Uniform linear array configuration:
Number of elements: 16
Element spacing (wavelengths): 1
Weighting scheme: uniform
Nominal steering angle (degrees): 45
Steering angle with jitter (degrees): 46.341
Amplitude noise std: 0.05
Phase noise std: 0.05

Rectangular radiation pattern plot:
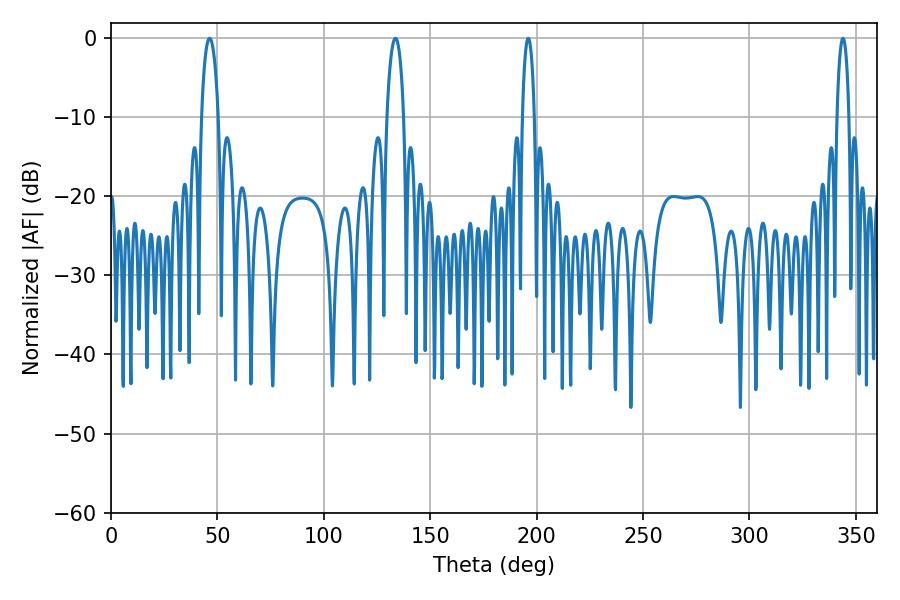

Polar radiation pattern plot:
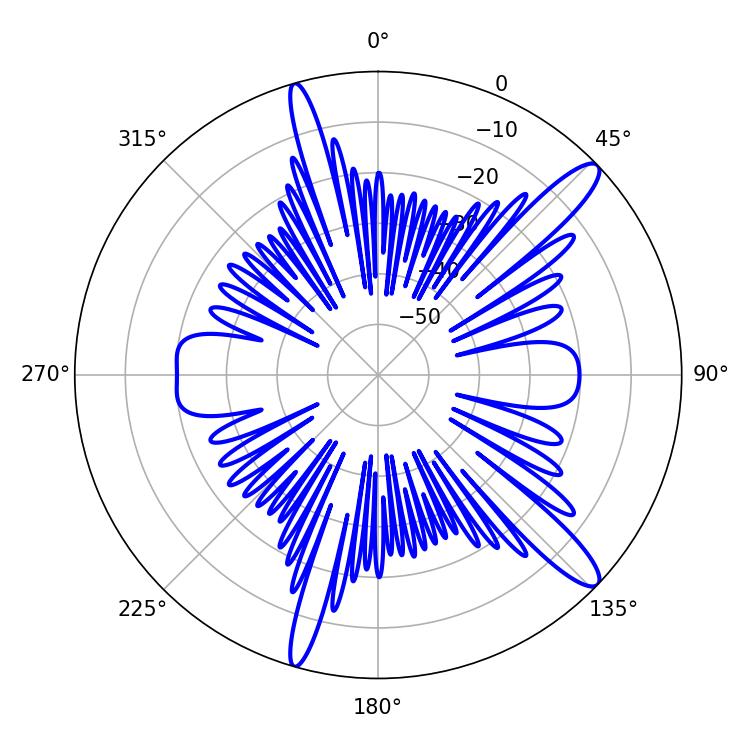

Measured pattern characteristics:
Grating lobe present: TRUE
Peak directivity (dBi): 13.346
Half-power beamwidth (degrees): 3.24
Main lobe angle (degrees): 196.02